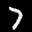
Label: 7